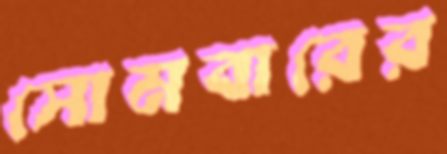
সোমবারের